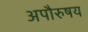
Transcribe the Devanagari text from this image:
अपौरुषय